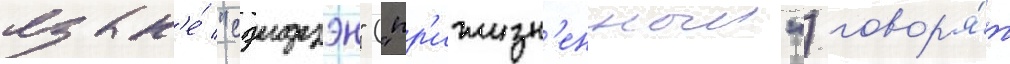
язык'е́ "сэидзэн" ("пр'ижизн'енныи") говор'я́т